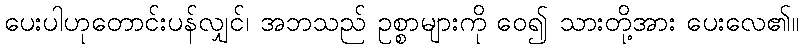
ပေးပါဟုတောင်းပန်လျှင်၊ အဘသည် ဥစ္စာများကို ဝေ၍ သားတို့အား ပေးလေ၏။